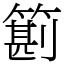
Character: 䉇